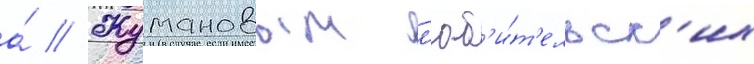
а́ // Жумановым л'юб'и́т'ельск'их